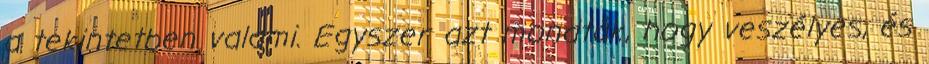
a tekintetben valami. Egyszer azt mondták, hogy veszélyes, és